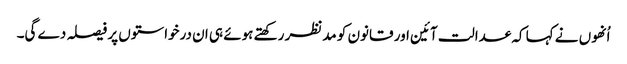
اُنھوں نے کہا کہ عدالت آئین اور قانون کو مدنظر رکھتے ہوئے ہی ان درخواستوں پر فیصلہ دے گی۔